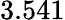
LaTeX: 3.541